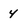
Character: 4